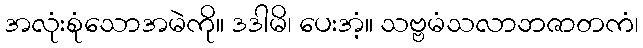
အလုံးစုံသောအမဲကို။ ဒဒါမိ၊ ပေးအံ့။ သဗ္ဗမံသလာဘဇာတကံ၊